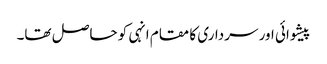
پیشوائی اور سرداری کا مقام انہی کو حاصل تھا۔